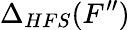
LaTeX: \Delta_{HFS}(F^{\prime\prime})